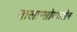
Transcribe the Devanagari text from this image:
बालाग्लोटाज़ोन